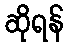
ဆိုရန်